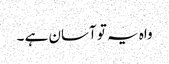
واہ یہ تو آسان ہے ۔